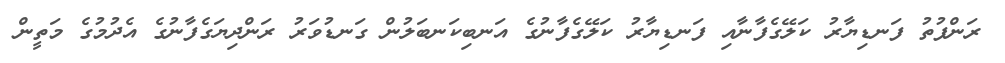
ރަންފުތު ފަނޑިޔާރު ކަލޭގެފާނާއި ފަނޑިޔާރު ކަލޭގެފާނުގެ އަނބިކަނބަލުން ގަނޑުވަރު ރަންދިޔަގެފާނުގެ އެދުމުގެ މަތީން